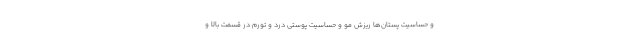
و حساسیت پستان‌ها ریزش مو و حساسیت پوستی درد و تورم در قسمت بالا و